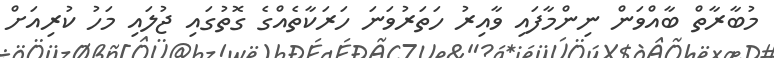
މުބާރާތް ބާއްވަން ނިންމާފައި ވާއިރު ހަތަރުވަނަ ހަރަކާތެއްގެ ގޮތުގައި ޖުލައި މަހު ކުރިއަށް